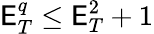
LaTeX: \mathsf{E}_{T}^{q}\leq\mathsf{E}_{T}^{2}+1